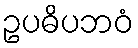
ဥပဓိပဘဝံ